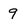
Character: 9